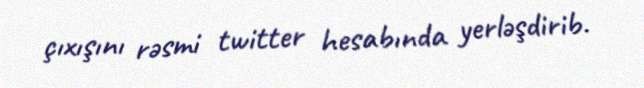
çıxışını rəsmi twitter hesabında yerləşdirib.